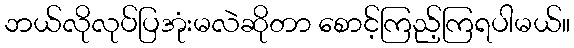
ဘယ်လိုလုပ်ပြအုံးမလဲဆိုတာ စောင့်ကြည့်ကြရပါမယ်။